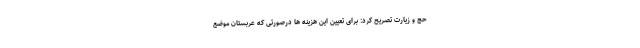
حج و زیارت تصریح کرد: برای تعیین این هزینه ها درصورتی که عربستان موضع